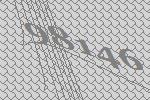
98146